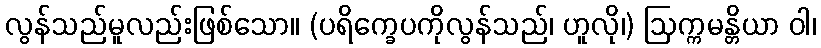
လွန်သည်မူလည်းဖြစ်သော။ (ပရိက္ခေပကိုလွန်သည်၊ ဟူလို၊) ဩက္ကမန္တိယာ ဝါ၊